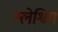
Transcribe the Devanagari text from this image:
श्लेश्विग